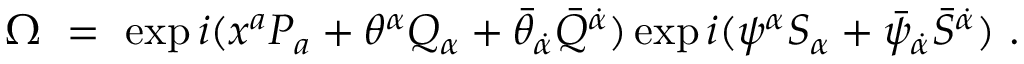
\Omega \ = \ \exp i ( x ^ { a } P _ { a } + \theta ^ { \alpha } Q _ { \alpha } + \bar { \theta } _ { \dot { \alpha } } \bar { Q } ^ { \dot { \alpha } } ) \exp i ( \psi ^ { \alpha } S _ { \alpha } + \bar { \psi } _ { \dot { \alpha } } \bar { S } ^ { \dot { \alpha } } ) \ .